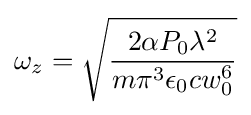
\omega _{z}={\sqrt {\frac {2\alpha P_{0}\lambda ^{2}}{m\pi ^{3}\epsilon _{0}cw_{0}^{6}}}}